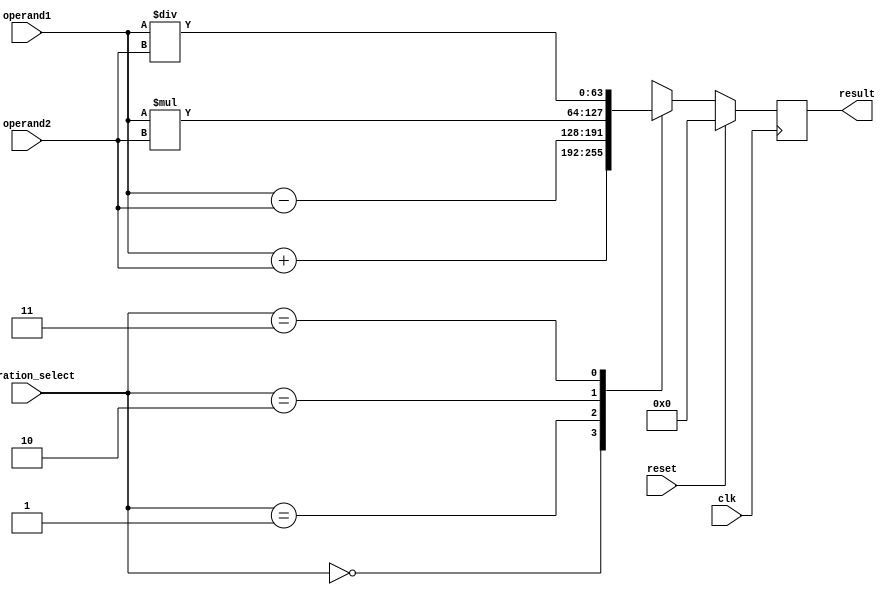
module mixed_precision_fpu (
    input wire clk,
    input wire reset,
    
    // Input operands
    input wire [63:0] operand1,
    input wire [63:0] operand2,
    
    // Operation select signals
    input wire [1:0] operation_select,
    
    // Output
    output reg [63:0] result
);

    // Internal registers
    reg [63:0] temp_result;
    
    // Control logic
    always @ (posedge clk) begin
        if (reset) begin
            temp_result <= 64'b0;
        end else begin
            case (operation_select)
                2'b00: temp_result <= operand1 + operand2; // Addition
                2'b01: temp_result <= operand1 - operand2; // Subtraction
                2'b10: temp_result <= operand1 * operand2; // Multiplication
                2'b11: temp_result <= operand1 / operand2; // Division
            endcase
        end
    end
    
    // Rounding module (not implemented in this code snippet)
    
    // Output
    assign result = temp_result;
    
endmodule